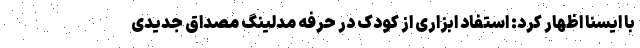
با ایسنا اظهار کرد: استفاد ابزاری از کودک در حرفه مدلینگ مصداق جدیدی